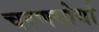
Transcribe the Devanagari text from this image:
चरणयोर्या